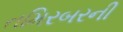
તમિરબરની